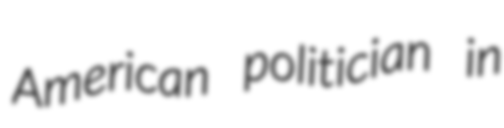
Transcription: American politician in